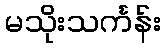
မသိုးသင်္ကန်း